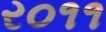
ર૦૧૧